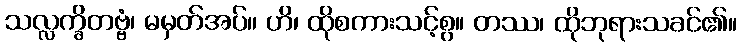
သလ္လက္ခိတဗ္ဗံ၊ မမှတ်အပ်။ ဟိ၊ ထိုစကားသင့်စွ။ တဿ၊ ထိုဘုရားသခင်၏။